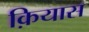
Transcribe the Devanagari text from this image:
क़ियास